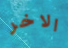
الاخر